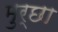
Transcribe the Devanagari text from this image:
मुर्छा